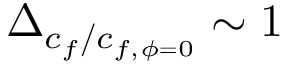
\Delta _ { c _ { f } / c _ { f , \phi = 0 } } \sim 1 \